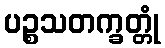
ပဉ္စသတက္ခတ္တုံ